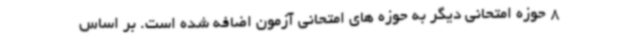
8 حوزه امتحانی دیگر به حوزه های امتحانی آزمون اضافه شده است. بر اساس